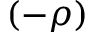
( - \rho )